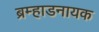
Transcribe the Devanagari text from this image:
ब्रम्हाडनायक